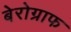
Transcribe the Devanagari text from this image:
बेरोग्राफ